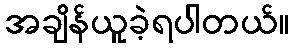
အချိန်ယူခဲ့ရပါတယ်။